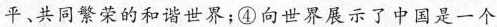
平、共同繁荣的和谐世界；④向世界展示了中国是一个